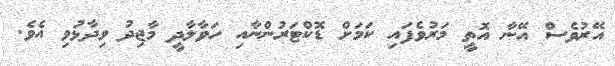
އޭރުވެސް އޭނާ އޮތީ މަރުވެފައި ކަމަށް ޑޮކްޓަރުންނާއި ހަވާލާދީ މާޖިދު ވިދާޅުވި އެވެ.